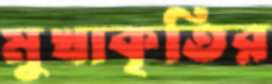
মুখাকৃতির